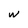
Character: w